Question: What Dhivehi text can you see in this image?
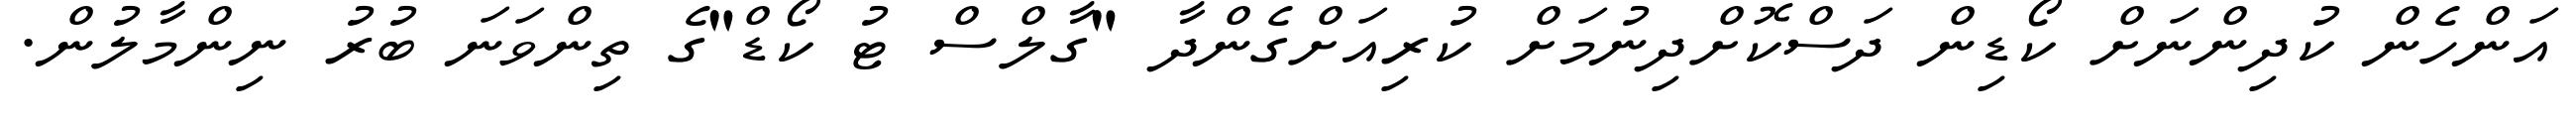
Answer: އަންހެން ކުދިންނަށް ކޯޑިން ދަސްކޮށްދިނުމަށް ކުރިއަށްގެންދާ "ގާލްސް ޓު ކޯޑް"ގެ ތިންވަނަ ބުރު ނިންމާލުން.